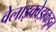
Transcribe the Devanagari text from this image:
वेलाझ्क्वेझकडून